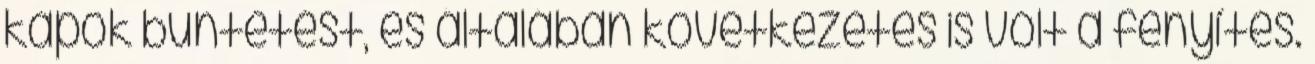
kapok büntetést, és általában következetes is volt a fenyítés.